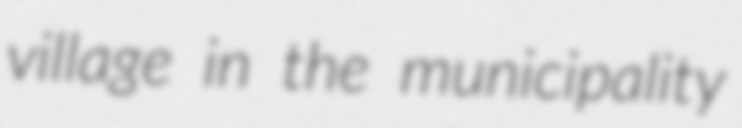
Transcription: village in the municipality